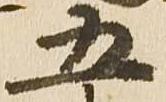
五